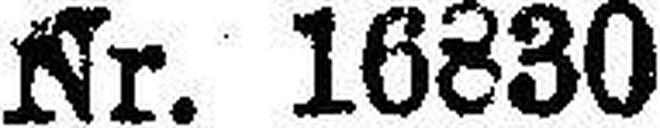
Nr. 16830